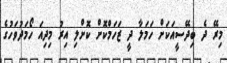
މިރޭ ދެ ބިދޭސީއަކަށް ހަމަލާ ދީ ޒަހަމްކޮށް ކޮށްލި އިރު މިދިއަ ހޯމަދުވަހުގެ